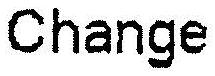
CHANGE